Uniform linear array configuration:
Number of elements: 4
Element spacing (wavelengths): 1
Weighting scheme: cosine
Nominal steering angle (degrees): -60
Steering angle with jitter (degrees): -58.138
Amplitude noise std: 0.05
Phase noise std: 0.05

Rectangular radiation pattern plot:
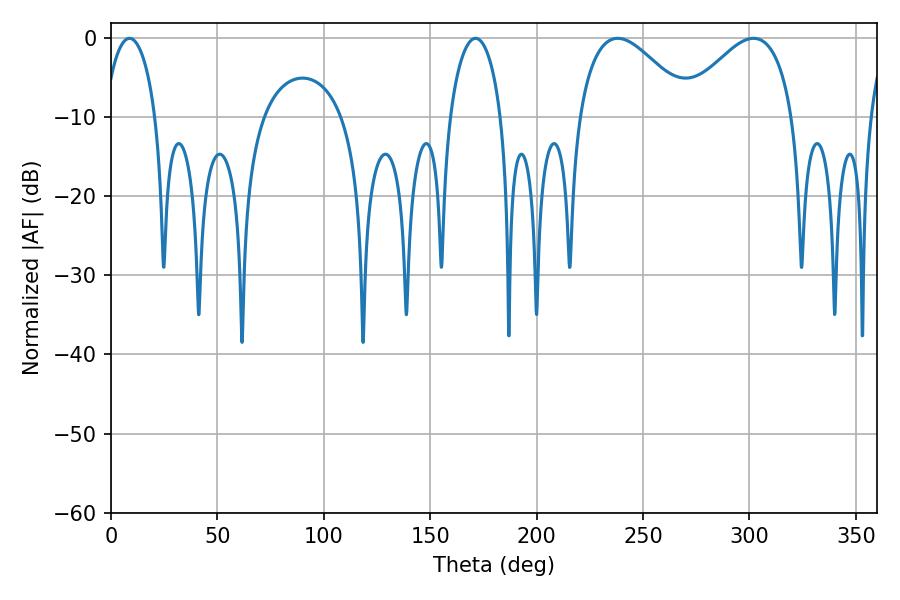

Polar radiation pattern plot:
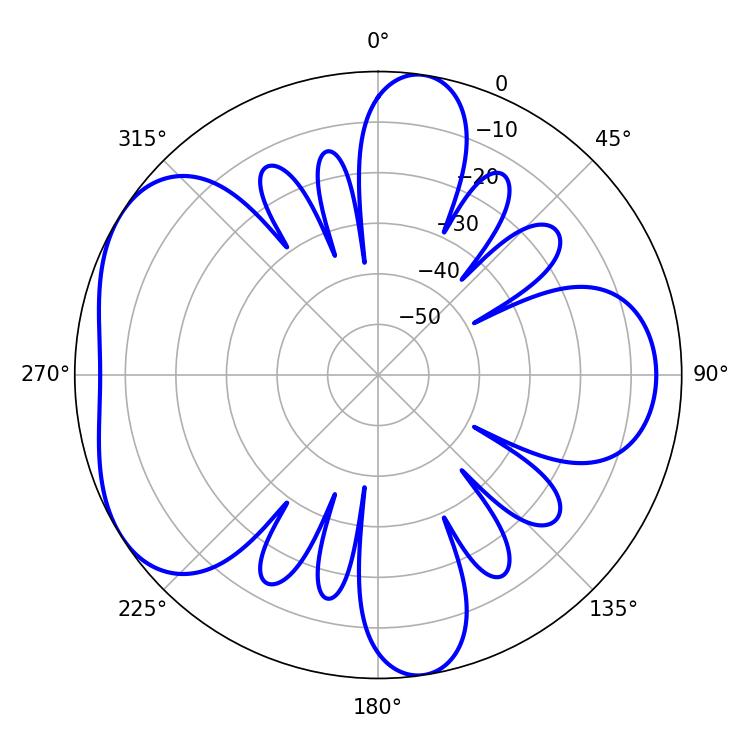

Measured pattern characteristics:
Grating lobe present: TRUE
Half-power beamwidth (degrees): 28.62
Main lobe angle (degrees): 238.14